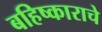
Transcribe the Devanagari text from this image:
बहिष्काराचे